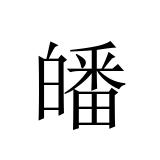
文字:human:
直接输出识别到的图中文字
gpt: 皤